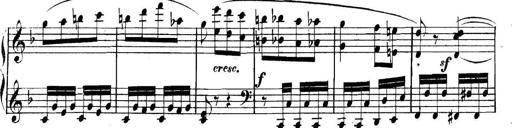
Title: Collected Piano Sonatas
Composer: Muzio Clementi